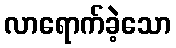
လာရောက်ခဲ့သော